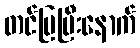
တင်ပြပြီးနောက်